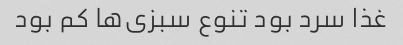
غذا سرد بود تنوع سبزی‌ها کم بود